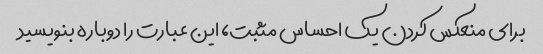
برای منعکس کردن یک احساس مثبت، این عبارت را دوباره بنویسید